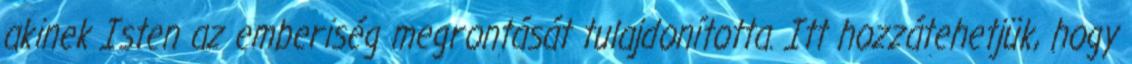
akinek Isten az emberiség megrontását tulajdonította. Itt hozzátehetjük, hogy